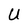
Character: U